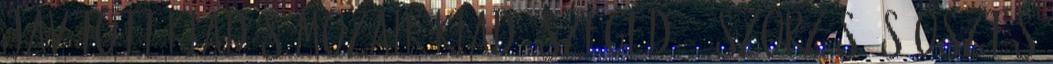
javított kiadás Mozaik Kiadó Szeged, 0 SZORZÁS ÉS OSZTÁS